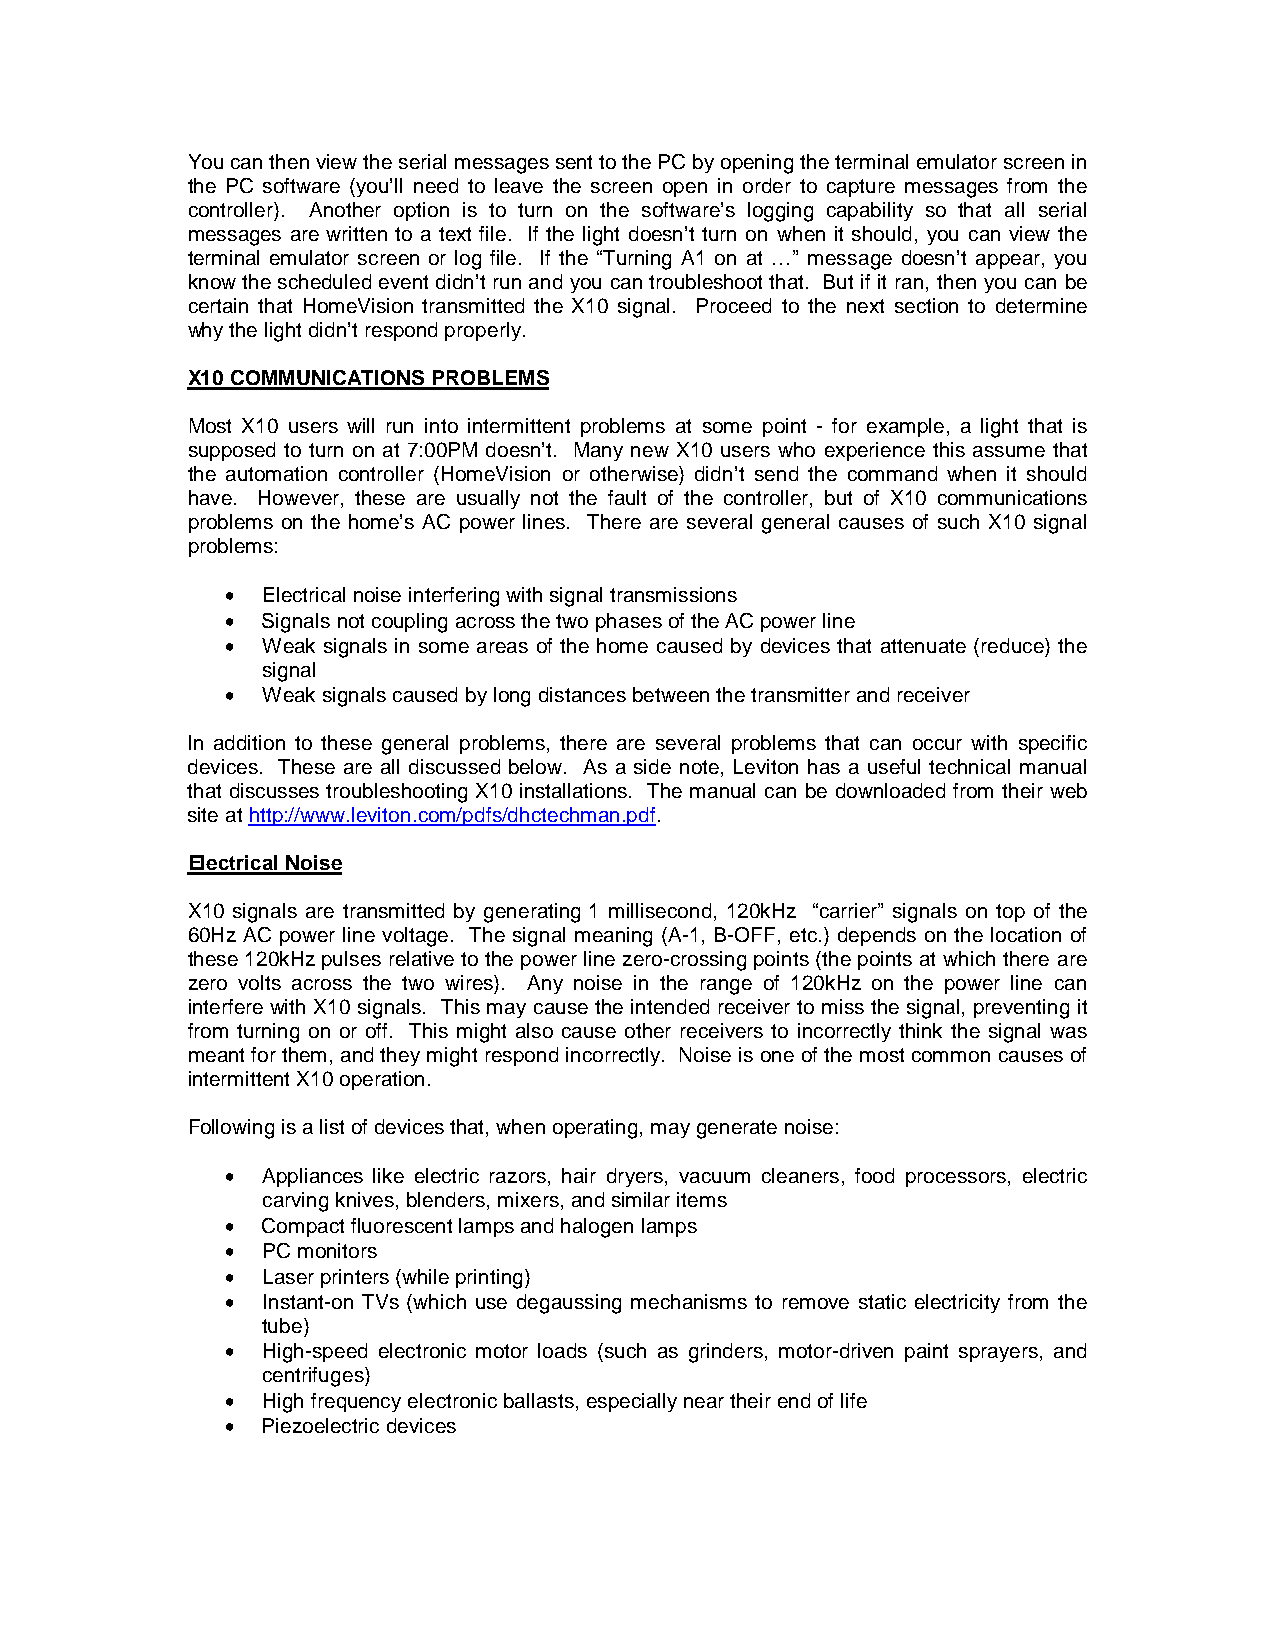
You can then view the serial messages sent to the PC by opening the terminal emulator screen in
 the PC software (you’ll need to leave the screen open in order to capture messages from the
 controller). Another option is to turn on the software’s logging capability so that all serial
 messages are written to a text file. If the light doesn’t turn on when it should, you can view the
 terminal emulator screen or log file. If the “Turning A1 on at …” message doesn’t appear, you
 know the scheduled event didn’t run and you can troubleshoot that. But if it ran, then you can be
 certain that HomeVision transmitted the X10 signal. Proceed to the next section to determine
 why the light didn’t respond properly.
 X10 COMMUNICATIONS PROBLEMS
 Most X10 users will run into intermittent problems at some point - for example, a light that is
 supposed to turn on at 7:00PM doesn’t. Many new X10 users who experience this assume that
 the automation controller (HomeVision or otherwise) didn’t send the command when it should
 have. However, these are usually not the fault of the controller, but of X10 communications
 problems on the home’s AC power lines. There are several general causes of such X10 signal
 problems:
 • Electrical noise interfering with signal transmissions
 • Signals not coupling across the two phases of the AC power line
 • Weak signals in some areas of the home caused by devices that attenuate (reduce) the
 signal
 • Weak signals caused by long distances between the transmitter and receiver
 In addition to these general problems, there are several problems that can occur with specific
 devices. These are all discussed below. As a side note, Leviton has a useful technical manual
 that discusses troubleshooting X10 installations. The manual can be downloaded from their web
 site at http://www.leviton.com/pdfs/dhctechman.pdf.
 Electrical Noise
 X10 signals are transmitted by generating 1 millisecond, 120kHz “carrier” signals on top of the
 60Hz AC power line voltage. The signal meaning (A-1, B-OFF, etc.) depends on the location of
 these 120kHz pulses relative to the power line zero-crossing points (the points at which there are
 zero volts across the two wires). Any noise in the range of 120kHz on the power line can
 interfere with X10 signals. This may cause the intended receiver to miss the signal, preventing it
 from turning on or off. This might also cause other receivers to incorrectly think the signal was
 meant for them, and they might respond incorrectly. Noise is one of the most common causes of
 intermittent X10 operation.
 Following is a list of devices that, when operating, may generate noise:
 • Appliances like electric razors, hair dryers, vacuum cleaners, food processors, electric
 carving knives, blenders, mixers, and similar items
 • Compact fluorescent lamps and halogen lamps
 • PC monitors
 • Laser printers (while printing)
 • Instant-on TVs (which use degaussing mechanisms to remove static electricity from the
 tube)
 • High-speed electronic motor loads (such as grinders, motor-driven paint sprayers, and
 centrifuges)
 • High frequency electronic ballasts, especially near their end of life
 • Piezoelectric devices